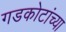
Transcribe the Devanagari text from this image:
गडकोटांच्या